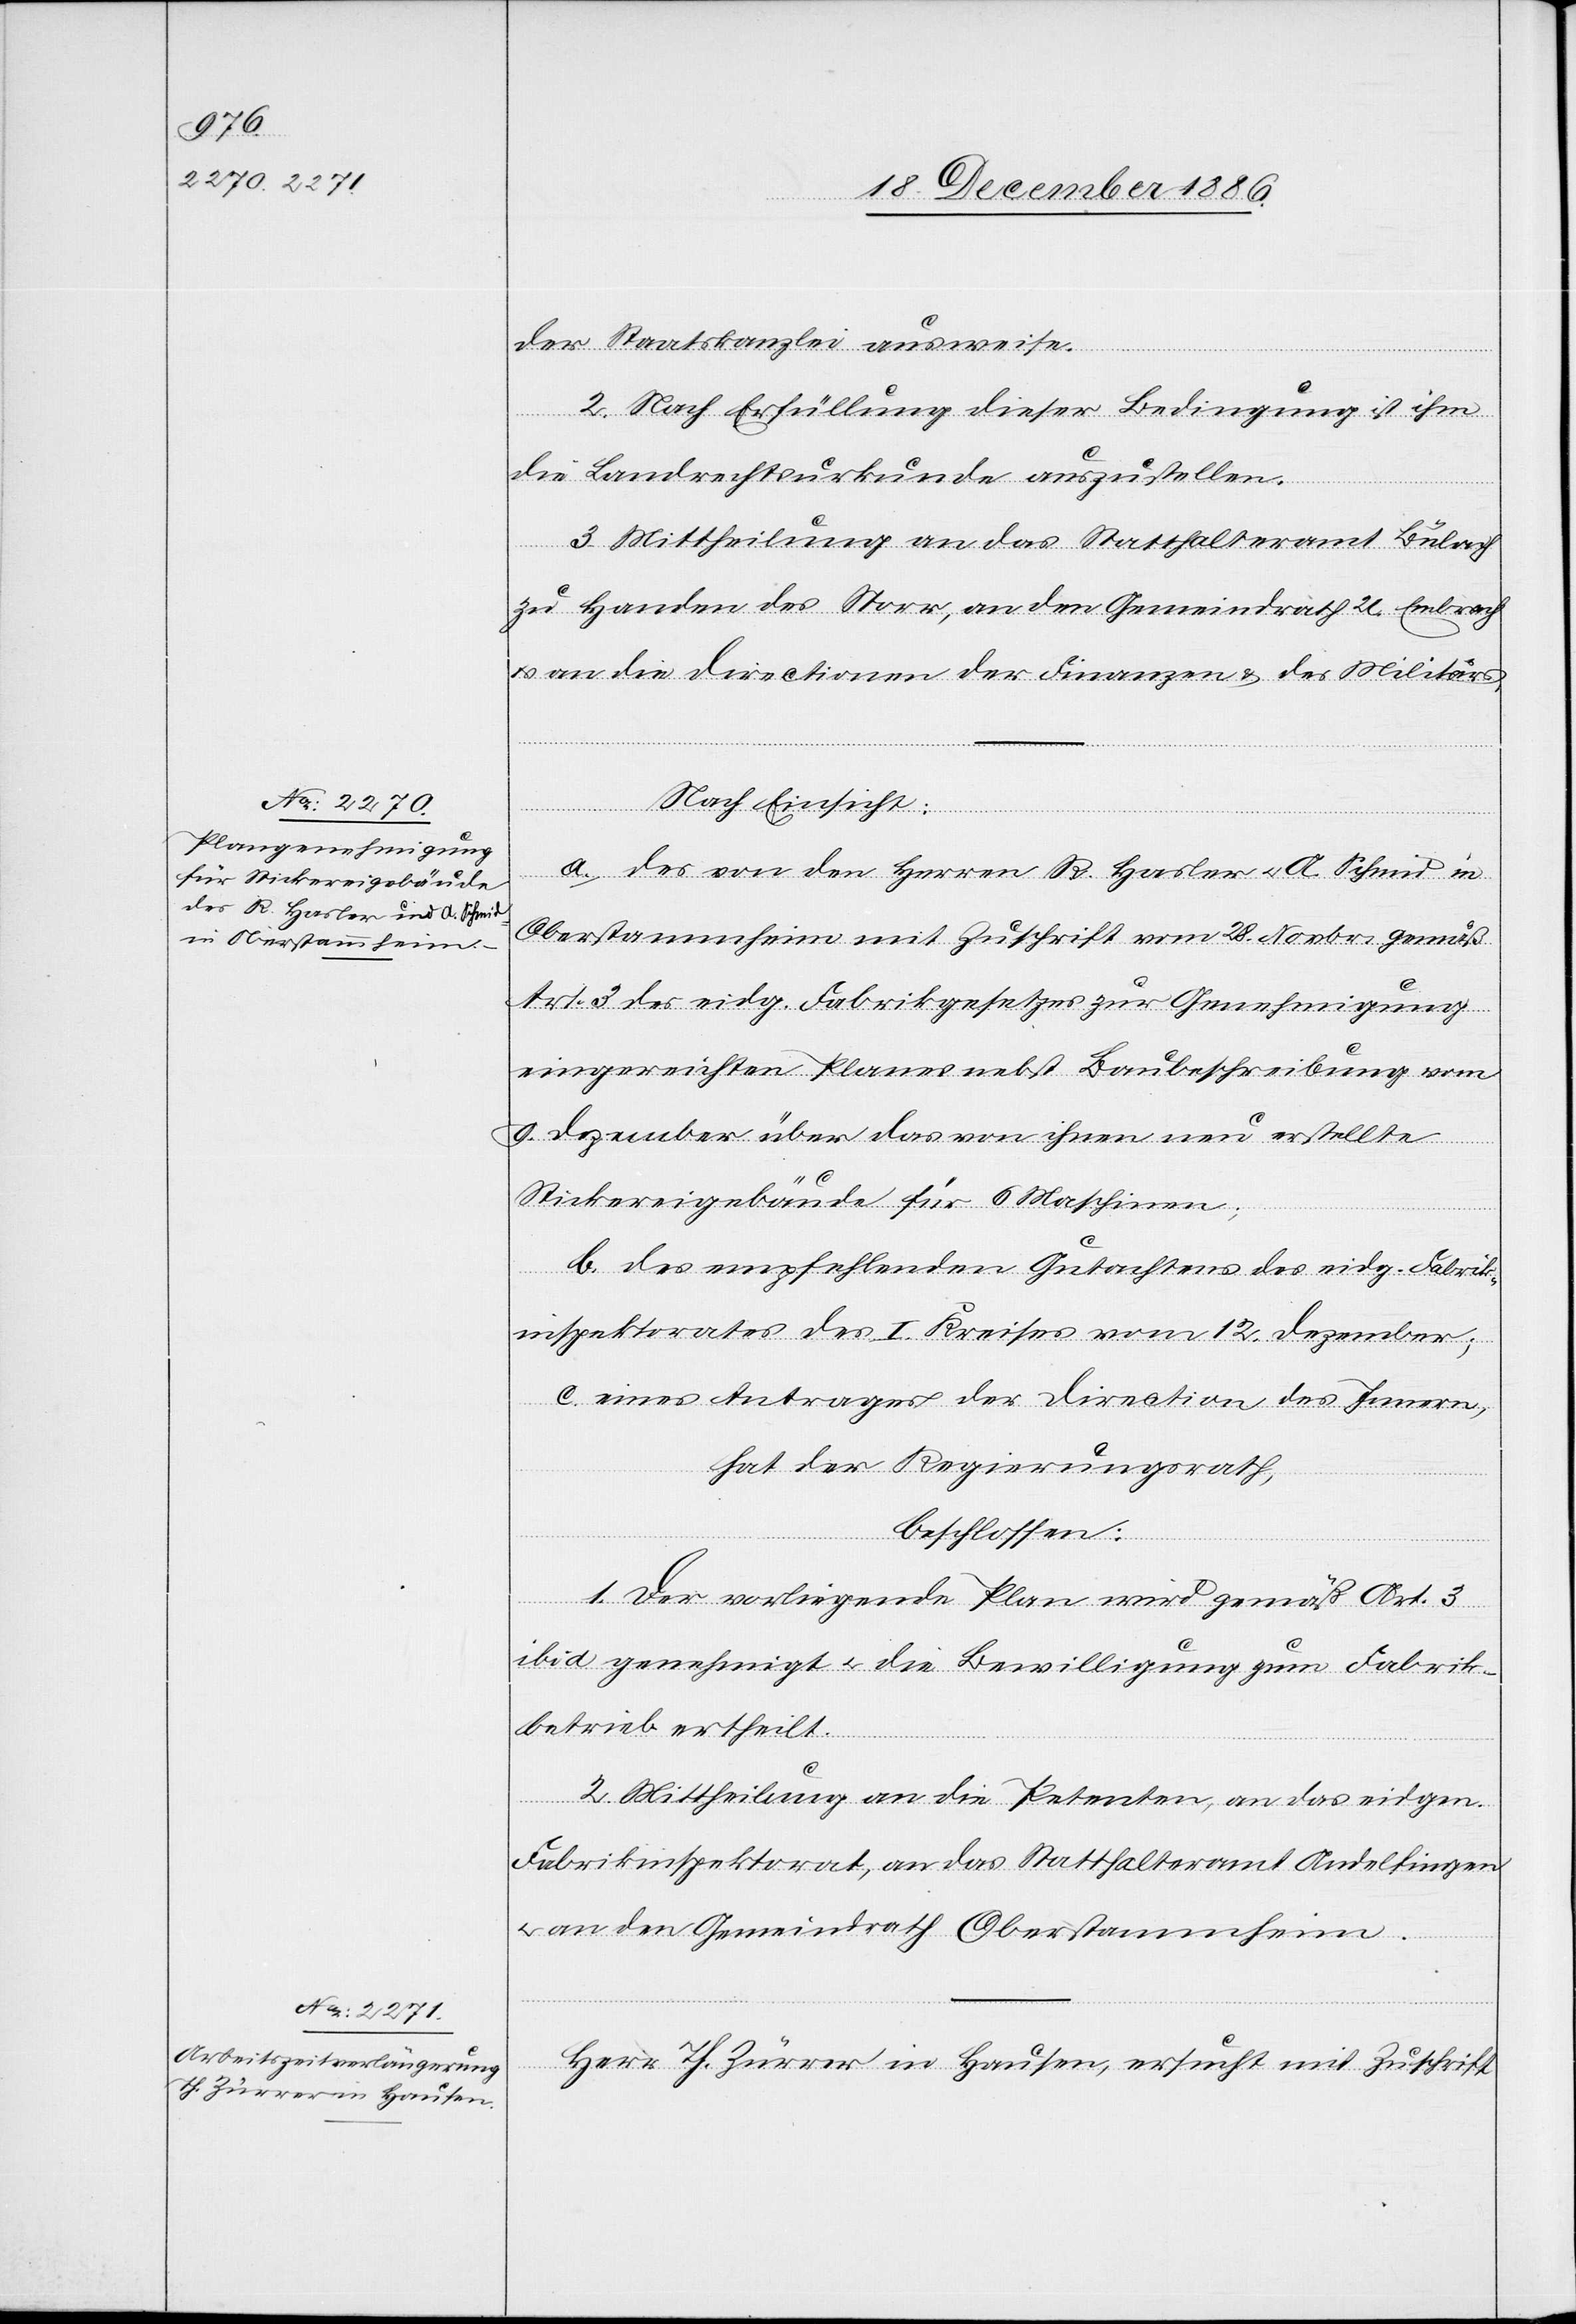
der Staatskanzlei ausweise.
2. Nach Erfüllung dieser Bedingung ist ihm
die Landrechtsurkunde auszustellen.
3. Mittheilung an das Statthalteramt Bülach
zu Handen des Storr, an den Gemeindrath U. Embrach
& an die Directionen der Finanzen & des Militärs.
Nach Einsicht:
a. des von den Herren R. Hasler & A. Schmid in
Oberstammheim mit Zuschrift vom 28. Novbr. gemäß
Art. 3 des eidg. Fabrikgesetzes zur Genehmigung
eingereichten Planes nebst Baubeschreibung vom
9. Dezember über das von ihnen neu erstellte
Stickereigebäude für 6 Maschinen;
b. des empfehlenden Gutachtens des eidg. Fabrik¬
inspektorates des I. Kreises vom 12. Dezember;
c. eines Antrages der Direction des Innern,
hat der Regierungsrath,
beschlossen:
1. Der vorliegende Plan wird gemäß Art. 3
ibid genehmigt & die Bewilligung zum Fabrik¬
betrieb ertheilt.
2. Mittheilung an die Petenten, an das eidgen.
Fabrikinspektorat, an das Statthalteramt Andelfingen
& an den Gemeindrath Oberstammheim.
Herr Th. Zürrer in Hausen, ersucht mit Zuschrift